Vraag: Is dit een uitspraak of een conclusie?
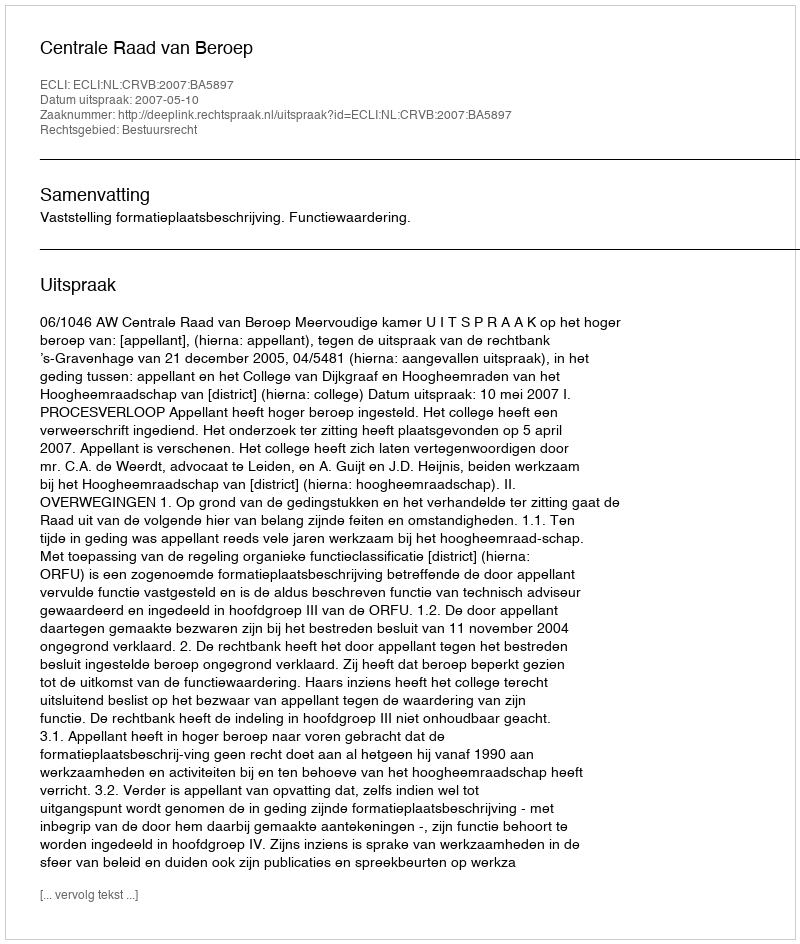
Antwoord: Uitspraak